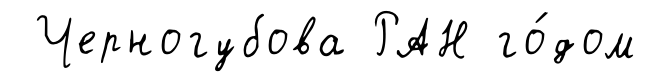
Черногубова РАН го́дом